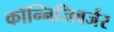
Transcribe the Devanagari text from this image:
कॉन्निजिबर्जर